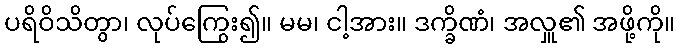
ပရိဝိသိတွာ၊ လုပ်ကြွေး၍။ မမ၊ ငါ့အား။ ဒက္ခိဏံ၊ အလှူ၏ အဖို့ကို။